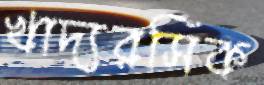
খাদ্যরসিক